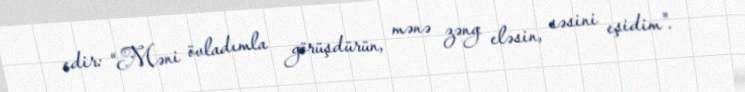
edir: “Məni övladımla görüşdürün, mənə zəng eləsin, səsini eşidim".